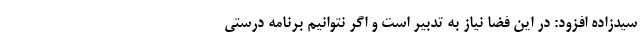
سیدزاده افزود: در این فضا نیاز به تدبیر است و اگر نتوانیم برنامه درستی